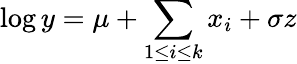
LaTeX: \log y=\mu+\sum_{1\leq i\leq k}x_{i}+\sigma z